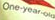
One-year-old